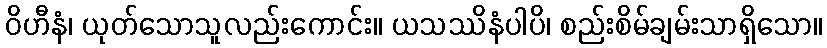
ဝိဟီနံ၊ ယုတ်သောသူလည်းကောင်း။ ယသဿိနံပါပိ၊ စည်းစိမ်ချမ်းသာရှိသော။